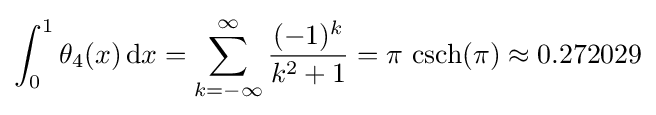
\int _{0}^{1}\theta _{4}(x)\,\mathrm {d} x=\sum _{k=-\infty }^{\infty }{\frac {(-1)^{k}}{k^{2}+1}}=\pi \,\operatorname {csch} (\pi )\approx 0.272029